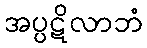
အပ္ပဋိလာဘံ